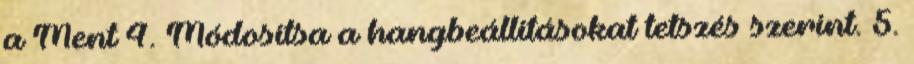
a Ment 4. Módosítsa a hangbeállításokat tetszés szerint. 5.